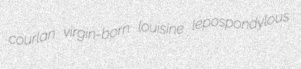
courlan virgin-born louisine lepospondylous